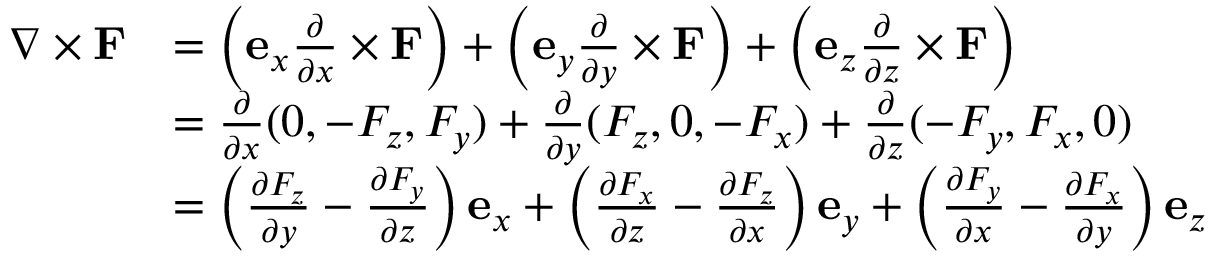
{ \begin{array} { r l } { \nabla \times \mathbf { F } } & { = \left( \mathbf { e } _ { x } { \frac { \partial } { \partial x } } \times \mathbf { F } \right) + \left( \mathbf { e } _ { y } { \frac { \partial } { \partial y } } \times \mathbf { F } \right) + \left( \mathbf { e } _ { z } { \frac { \partial } { \partial z } } \times \mathbf { F } \right) } \\ & { = { \frac { \partial } { \partial x } } ( 0 , - F _ { z } , F _ { y } ) + { \frac { \partial } { \partial y } } ( F _ { z } , 0 , - F _ { x } ) + { \frac { \partial } { \partial z } } ( - F _ { y } , F _ { x } , 0 ) } \\ & { = \left( { \frac { \partial F _ { z } } { \partial y } } - { \frac { \partial F _ { y } } { \partial z } } \right) \mathbf { e } _ { x } + \left( { \frac { \partial F _ { x } } { \partial z } } - { \frac { \partial F _ { z } } { \partial x } } \right) \mathbf { e } _ { y } + \left( { \frac { \partial F _ { y } } { \partial x } } - { \frac { \partial F _ { x } } { \partial y } } \right) \mathbf { e } _ { z } } \end{array} }